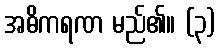
အဓိကရဏ မည်၏။ (၃)